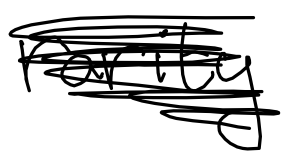
Text: rarity
Cross-out: scratch
Writing tool: digital_black